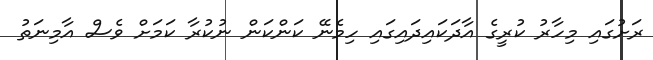
ރަށުގައި މިހާރު ކުރީގެ އާދަކައިދައިގައި ހިމެނޭ ކަންކަން ނުކުރާ ކަމަށް ވެސް އާމިނަތު